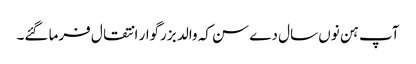
آپ ہن نوں سال دے سن کہ والد بزرگوار انتقال فرما گئے۔